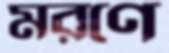
মরণে